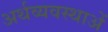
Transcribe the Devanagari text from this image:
अर्थव्यवस्थाअें